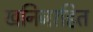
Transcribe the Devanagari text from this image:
खनिजरहित